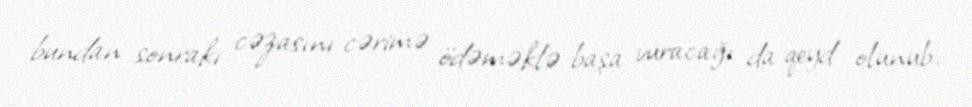
bundan sonrakı cəzasını cərimə ödəməklə başa vuracağı da qeyd olunub.